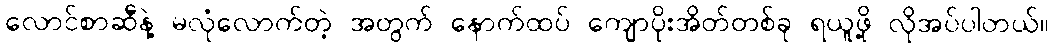
လောင်စာဆီနဲ့ မလုံလောက်တဲ့ အတွက် နောက်ထပ် ကျောပိုးအိတ်တစ်ခု ရယူဖို့ လိုအပ်ပါတယ်။